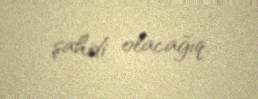
şahidi olacağıq.